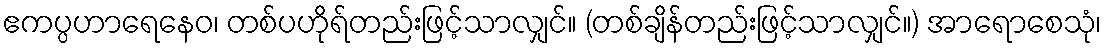
ဧကပ္ပဟာရေနေဝ၊ တစ်ပဟိုရ်တည်းဖြင့်သာလျှင်။ (တစ်ချိန်တည်းဖြင့်သာလျှင်။) အာရောစေသုံ၊